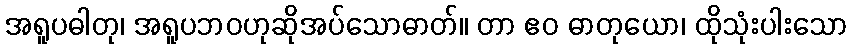
အရူပဓါတု၊ အရူပဘဝဟုဆိုအပ်သောဓာတ်။ တာ ဧဝ ဓာတုယော၊ ထိုသုံးပါးသော